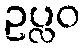
ဥပ္လဝ